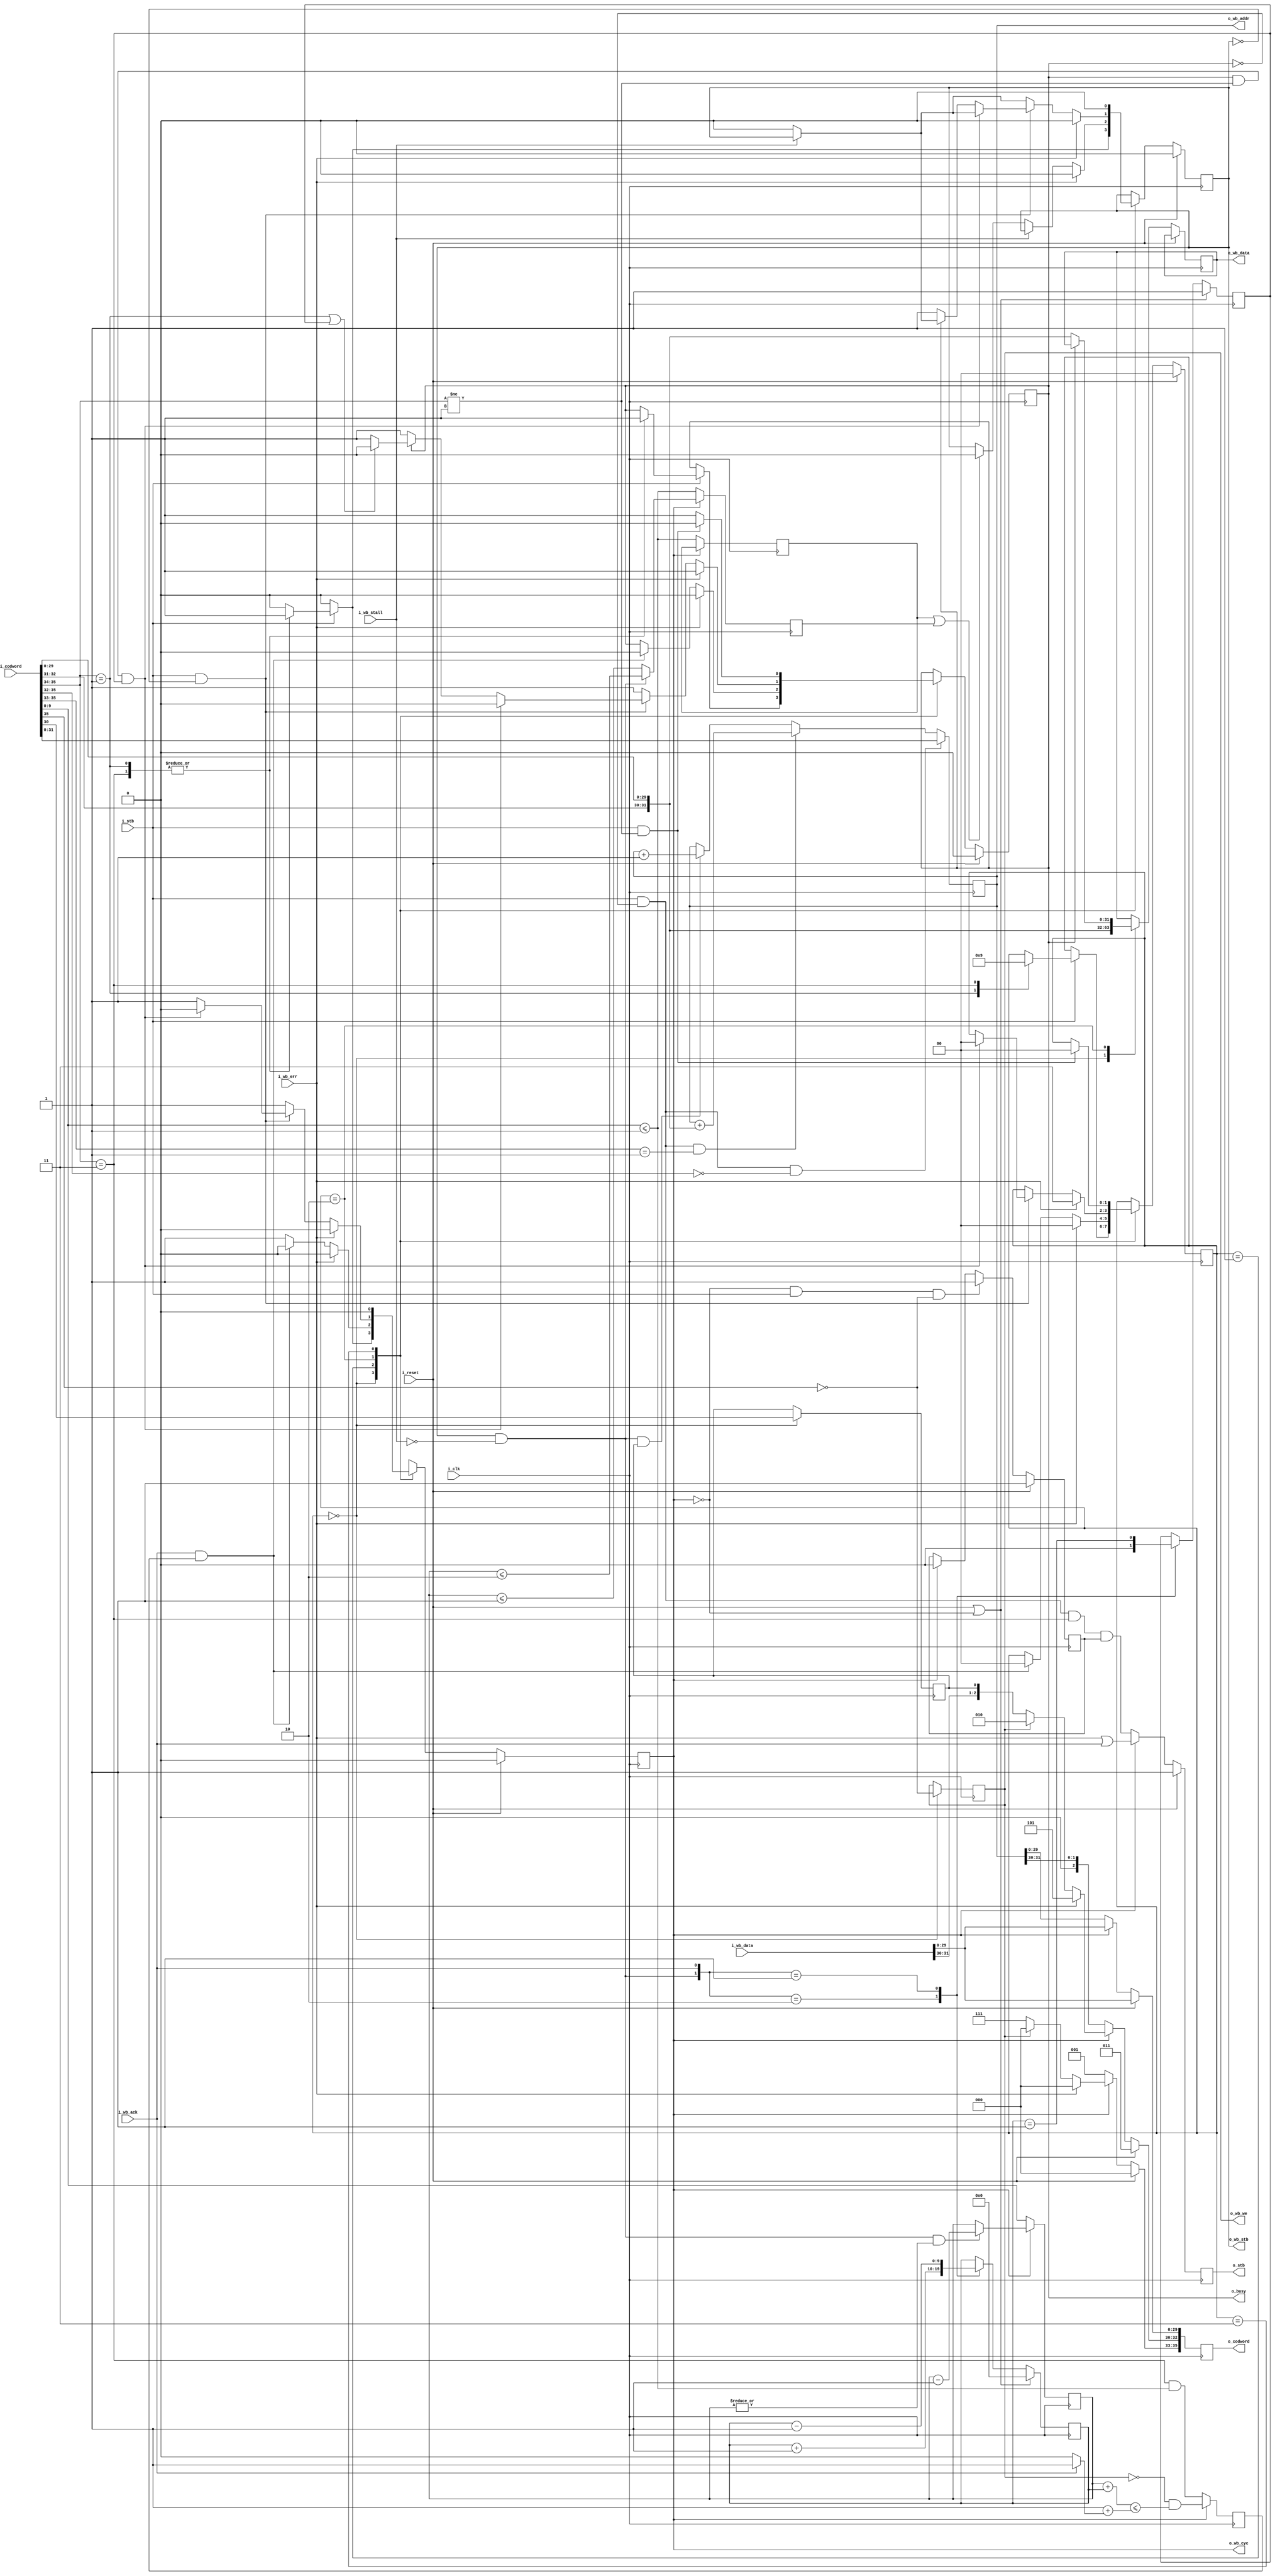
////////////////////////////////////////////////////////////////////////////////
//
//
// Project:	OpenArty, an entirely open SoC based upon the Arty platform
//
// Purpose:	This is the part of the USB-JTAG to wishbone conversion that
//		actually conducts a wishbone transaction.  Transactions are
//	requested via codewords that come in, and the results recorded on
//	codewords that are sent out.  Compression and/or decompression, coding
//	etc. all take place external to this routine.
//
//
// Creator:	Dan Gisselquist, Ph.D.
//		Gisselquist Technology, LLC
//
////////////////////////////////////////////////////////////////////////////////
//
// Copyright (C) 2015-2020, Gisselquist Technology, LLC
//
// This program is free software (firmware): you can redistribute it and/or
// modify it under the terms of  the GNU General Public License as published
// by the Free Software Foundation, either version 3 of the License, or (at
// your option) any later version.
//
// This program is distributed in the hope that it will be useful, but WITHOUT
// ANY WARRANTY; without even the implied warranty of MERCHANTIBILITY or
// FITNESS FOR A PARTICULAR PURPOSE.  See the GNU General Public License
// for more details.
//
// You should have received a copy of the GNU General Public License along
// with this program.  (It's in the $(ROOT)/doc directory.  Run make with no
// target there if the PDF file isn't present.)  If not, see
// <http://www.gnu.org/licenses/> for a copy.
//
// License:	GPL, v3, as defined and found on www.gnu.org,
//		http://www.gnu.org/licenses/gpl.html
//
//
////////////////////////////////////////////////////////////////////////////////
//
//
`default_nettype none
//
module	wbuexec(i_clk, i_reset, i_stb, i_codword, o_busy,
		o_wb_cyc, o_wb_stb, o_wb_we, o_wb_addr, o_wb_data,
			i_wb_stall, i_wb_ack, i_wb_err, i_wb_data,
		o_stb, o_codword);
	parameter	AW = 32, DW = 32;
	//
	//
	localparam [5:0]	END_OF_WRITE = 6'h2e;
	localparam [1:0]	WB_IDLE			= 2'b00,
				WB_READ_REQUEST		= 2'b01,
				WB_WRITE_REQUEST	= 2'b10,
				// WB_WAIT_ON_NEXT_WRITE	= 3'b011,
				WB_FLUSH_WRITE_REQUESTS = 2'b11;
	localparam [1:0]	WRITE_PREFIX = 2'b01;

	//
	input	wire		i_clk, i_reset;
	// The command inputs
	input	wire		i_stb;
	input	wire	[35:0]	i_codword;
	output	reg		o_busy;
	// Wishbone outputs
	output	reg		o_wb_cyc;
	output	reg		o_wb_stb;
	output	reg		o_wb_we;
	output	reg	[31:0]	o_wb_addr, o_wb_data;
	// Wishbone inputs
	input	wire		i_wb_stall, i_wb_ack, i_wb_err;
	input	wire	[31:0]	i_wb_data;
	// And our codeword outputs
	output	reg		o_stb;
	output	reg	[35:0]	o_codword;


//	wire	w_accept, w_eow, w_newwr, w_new_err;
//	// wire	w_newad, w_newrd;
//	assign	w_accept = (i_stb)&&(!o_busy);
//	// assign	w_newad  = (w_accept)&&(i_codword[35:34] == 2'b00);
//	assign	w_newwr  = (w_accept)&&(i_codword[35:34] == WRITE_PREFIX);
//	assign	w_eow    = (w_accept)&&(i_codword[35:30] == END_OF_WRITE);
//	// assign	w_newrd  = (w_accept)&&(i_codword[35:34] == 2'b11);
	wire	[31:0]	w_cod_data;
	assign	w_cod_data={ i_codword[32:31], i_codword[29:0] };
//	assign	w_new_err = ((w_accept)
//				&&(i_codword[35:33] != 3'h3)
//				&&(i_codword[35:30] != END_OF_WRITE));

	reg	[1:0]	wb_state;
	reg	[9:0]	r_acks_needed, r_len;
	reg	r_inc, r_new_addr, last_read_request, last_ack, zero_acks;
	reg	single_read_request;

	initial	wb_state = WB_IDLE;
	initial	o_wb_cyc = 1'b0;
	initial	o_wb_stb = 1'b0;
	initial	o_busy = 1'b0;
	always @(posedge i_clk)
	if (i_reset)
	begin
		wb_state <= WB_IDLE;
		o_wb_cyc <= 1'b0;
		o_wb_stb <= 1'b0;
		o_busy   <= 1'b0;
	end else case(wb_state)
	WB_IDLE: begin
		o_wb_cyc <= 1'b0;
		o_wb_stb <= 1'b0;

		// The new instruction.  The following
		// don't matter if we're not running,
		// so set them any time in this state,
		// and if we move then they'll still be
		// set right.
		//
		//
		// The output data is a don't care, unless we are
		// starting a write.  Hence, let's always set it as
		// though we were about to start a write.
		//
		o_wb_data <= w_cod_data;
		//
		if (i_stb)
		begin
			// Default is not to send any codewords
			// Do we need to broadcast a new address?
			// r_new_addr <= 1'b0;
			//
			casez(i_codword[35:32])
			4'b0000: begin // Set a new (arbitrary) address
				// r_new_addr <= 1'b1;
			//	o_wb_addr <= i_codword[31:0]; //w_cod_data
				end
			4'b001?: begin // Set a new relative address
				// r_new_addr <= 1'b1;
			//	o_wb_addr <= o_wb_addr // + w_cod_data;
			//		+ { i_codword[32:31], i_codword[29:0] };
				end
			4'b01??: begin // Start a write transaction,
				// address is alrdy set
				// r_new_addr <= 1'b1;
				wb_state <= WB_WRITE_REQUEST;
				o_wb_cyc <= 1'b1;
				o_wb_stb <= 1'b1;
				o_busy   <= 1'b1;
				end
			4'b11??: begin // Start a vector read
				wb_state <= WB_READ_REQUEST;
				o_wb_cyc <= 1'b1;
				o_wb_stb <= 1'b1;
				o_busy   <= 1'b1;
				end
			default:
				;
			endcase
		end end
	WB_READ_REQUEST: begin
		o_wb_cyc <= 1'b1;
		// o_wb_stb <= 1'b1;

		// if ((r_inc)&&(!i_wb_stall))
		//	o_wb_addr <= o_wb_addr + 32'h001;


		if (!i_wb_stall) // Deal with the strobe line
		begin // Strobe was accepted, busy should be '1' here
			if ((single_read_request)||(last_read_request))
				o_wb_stb <= 1'b0;
		end

		if (i_wb_ack && last_ack)
		begin
			wb_state <= WB_IDLE;
			o_wb_cyc <= 1'b0;
			o_busy   <= 1'b0;
		end

		if (i_wb_err)
		begin
			o_wb_cyc <= 1'b0;
			o_wb_stb <= 1'b0;
			wb_state <= WB_IDLE;
			o_busy   <= 1'b0;
		end end
	WB_WRITE_REQUEST: begin
		o_wb_cyc <= 1'b1;
		// o_wb_stb <= 1'b1;
		o_busy   <= 1'b1;
		//

		// Don't need to worry about accepting anything new
		// here, since we'll always be busy while in this state.
		// Hence, we cannot accept new write requests.
		//

		if (!i_wb_stall)
			o_wb_stb <= 1'b0;

		if (!o_busy)
			o_wb_data <= w_cod_data;

		if (i_stb && !o_wb_stb)
		begin
			if (o_busy && (i_codword[35:34] != WRITE_PREFIX)
				&& zero_acks)
			begin
				o_wb_cyc <= 1'b0;
				o_busy   <= 1'b0;
				wb_state <= WB_IDLE;
			end else if (!o_busy) // && w_newwr must be true
			begin
				o_wb_stb <= 1'b1;
				o_busy <= 1'b1;
			end else if ((i_codword[35:34] == WRITE_PREFIX)
				||zero_acks)
				// (r_acks_needed == (i_wb_ack ? 1:0)))
				o_busy <= 1'b0;
		end

		if (i_wb_err) // Bus returns an error
		begin
			o_wb_cyc <= 1'b0;
			o_wb_stb <= 1'b0;
			wb_state <= WB_FLUSH_WRITE_REQUESTS;
			o_busy   <= 1'b1;
		end end
	WB_FLUSH_WRITE_REQUESTS: begin
		// We come in here after an error within a write
		// We need to wait until the command cycle finishes
		// issuing all its write commands before we can go back
		// to idle.
		//
		// In the off chance that we are in here in error, or
		// out of sync, we'll transition to WB_IDLE and just
		// issue a second error token.

		o_wb_cyc <= 1'b0;
		o_wb_stb <= 1'b0;

		o_busy <= 1'b1;
		if (i_stb && i_codword[35:34] != WRITE_PREFIX)
		begin
			wb_state <= WB_IDLE;
			o_busy   <= 1'b0;
		end end
	default: begin
		wb_state <= WB_IDLE;
		o_wb_cyc <= 1'b0;
		o_wb_stb <= 1'b0;
		o_busy   <= 1'b0;
		end
	endcase

	always @(posedge i_clk)
	if (wb_state == WB_IDLE)
		// Will this be a write?
		o_wb_we <= !i_codword[35];

	always @(posedge i_clk)
	if (i_stb && !o_busy && i_codword[35:32] == 4'h0)
		// Set a new absolute address
		o_wb_addr <= i_codword[31:0]; //w_cod_data
	else if (i_stb && !o_busy && i_codword[35:33] == 3'h1)
		// Set a new relative address
		o_wb_addr <= o_wb_addr // + w_cod_data;
			+ { i_codword[32:31], i_codword[29:0] };
	else if (o_wb_stb && !i_wb_stall && r_inc)
		// Increment
		o_wb_addr <= o_wb_addr + 1;

	initial	r_new_addr = 1'b1;
	always @(posedge i_clk)
	if (i_reset)
		r_new_addr <= 1'b1;
	else if ((!o_wb_cyc)&&(i_stb)&&(!i_codword[35]))
		r_new_addr <= 1'b1;
	else if (o_wb_cyc)
		r_new_addr <= 1'b0;

	initial	o_stb = 1'b0;
	always @(posedge i_clk)
	if (i_reset)
	begin
		// Send a bus reset indication
		o_stb <= 1'b1;
		o_codword <= { 6'h3, i_wb_data[29:0] };
	end else if (!o_wb_cyc)
	begin
		// Send a new address confirmation at the beginning of any
		// read
		o_stb <= (i_stb && !o_busy &&
				(i_codword[35:34] == 2'b11) && r_new_addr);
		o_codword <= { 4'h2, o_wb_addr };
	end else begin
		// Otherwise, while the  bus is active, we send either a
		// bus error indication, read return, or write ack
		o_stb <= (i_wb_err)||(i_wb_ack);

		o_codword <= { 3'h7, i_wb_data[31:30], r_inc, i_wb_data[29:0] };
		if (i_wb_err) // Bus Error
			o_codword[35:30] <= 6'h5;
		else if (o_wb_we) // Write ack
			o_codword[35:30] <= 6'h2;
		else // Read data on ack
			o_codword[35:33] <= 3'h7;
	end

	initial	r_acks_needed = 0;
	always @(posedge i_clk)
	if (i_reset || !o_wb_cyc)
		r_acks_needed <= 10'h00; // (i_codword[35])?i_codword[9:0]:10'h00;
	else case ({o_wb_stb && !i_wb_stall, i_wb_ack })
	2'b10: r_acks_needed <= r_acks_needed + 10'h01;
	2'b01: r_acks_needed <= r_acks_needed - 10'h01;
	default: begin end
	endcase

	always @(posedge i_clk)
	if (wb_state == WB_IDLE)
		// Increment addresses?
		r_inc <= i_codword[30];

// last_ack was ...
//	always @(posedge i_clk)
//		last_ack <= (!o_wb_stb)&&(r_acks_needed == 10'h01)
//				||(o_wb_stb)&&(r_acks_needed == 10'h00);

	always @(posedge i_clk)
	if (!o_wb_cyc)
		last_ack <= (i_codword[35:34] == 2'b11)&&(i_codword[9:0] <= 1);
	else
		last_ack <= (!o_wb_we)
			&&(r_len + r_acks_needed <= 1 + (i_wb_ack ? 1:0));

	initial	zero_acks = 1;
	always @(posedge i_clk)
	if (i_reset || !o_wb_cyc)
		zero_acks <= 1;
	else case({ o_wb_stb && !i_wb_stall, i_wb_ack })
	2'b10: zero_acks <= 1'b0;
	2'b01: zero_acks <= (r_acks_needed == 10'h01);
	default: begin end
	endcase
`ifdef	FORMAL
	always @(*)
		assert(zero_acks == (r_acks_needed == 0));
`endif

	always @(posedge i_clk)
	if (!o_wb_cyc) // (!o_wb_cyc)&&(i_codword[35:34] == 2'b11))
		r_len <= i_codword[9:0];
	else if ((o_wb_stb)&&(!i_wb_stall)&&(|r_len))
		r_len <= r_len - 10'h01;

// single_read_request and last_read_request used to be ...
//	always @(posedge i_clk)
//	begin
//		single_read_request <= (!o_wb_cyc)&&(i_codword[9:0] <= 10'h01);
//		// When there is one read request left, it will be the last one
//		// will be the last one
//		last_read_request <= (o_wb_stb)&&(r_len[9:2] == 8'h00)
//			&&((!r_len[1])
//				||((!r_len[0])&&(!i_wb_stall)));
//	end

	always @(posedge i_clk)
	begin
		if (!o_wb_cyc)
			single_read_request <= (i_codword[9:0] <= 10'h01);
		// When there is one read request left, it will be the last one
		// will be the last one
		if (!o_wb_cyc)
			last_read_request <= (i_codword[9:0] <= 10'h01);
		else if (o_wb_stb && !i_wb_stall)
			last_read_request <= (r_len <= 10'h02);
		else
			last_read_request <= (r_len <= 10'h01);
	end

`ifdef	FORMAL
// Formal properties for this module are maintained elsewhere
`endif // FORMAL
endmodule